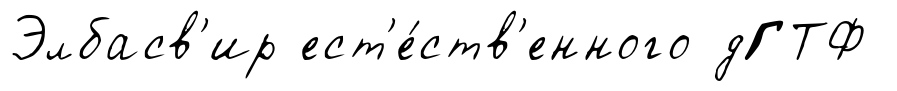
Элбасв'ир ест'е́ств'енного дГТФ